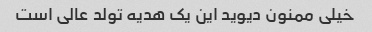
خیلی ممنون دیوید این یک هدیه تولد عالی است